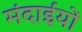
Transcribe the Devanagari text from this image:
मंदाईयों